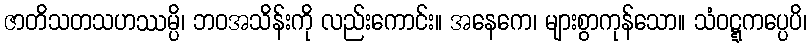
ဇာတိသတသဟဿမ္ပိ၊ ဘဝအသိန်းကို လည်းကောင်း။ အနေကေ၊ များစွာကုန်သော။ သံဝဋ္ဋကပ္ပေပိ၊